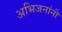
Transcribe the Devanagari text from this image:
अभिजनांनी